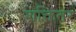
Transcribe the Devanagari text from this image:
शक्तितर